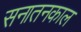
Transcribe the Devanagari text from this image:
सनातनकाल